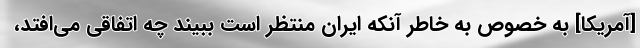
[آمریکا] به خصوص به خاطر آنکه ایران منتظر است ببیند چه اتفاقی می‌افتد،